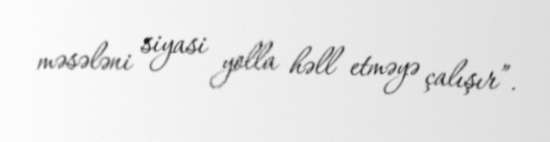
məsələni siyasi yolla həll etməyə çalışır”.